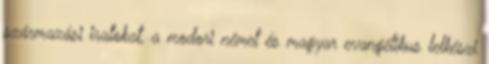
származási iratokat, a modori német és magyar evangélikus lelkészi